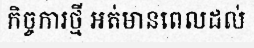
កិច្ចការថ្មី អត់មានពេលដល់